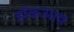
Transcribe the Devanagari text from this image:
हॉकआय